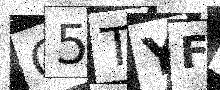
Text: O5TYF8